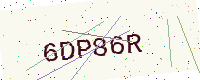
Text: 6DP86R